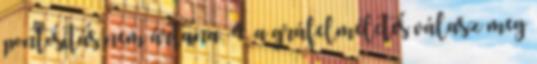
pontosítás nem ártana. 4. a gráfelméletes válasz meg